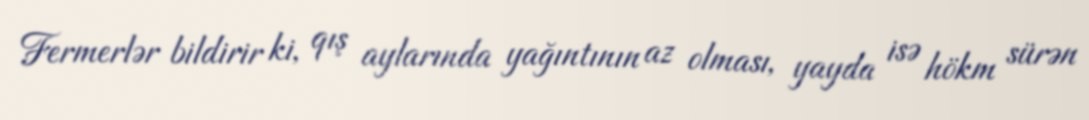
Fermerlər bildirir ki, qış aylarında yağıntının az olması, yayda isə hökm sürən